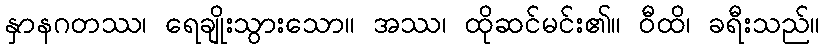
နှာနဂတဿ၊ ရေချိုးသွားသော။ အဿ၊ ထိုဆင်မင်း၏။ ဝီထိ၊ ခရီးသည်။